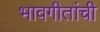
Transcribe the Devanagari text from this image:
भावगीतांची